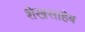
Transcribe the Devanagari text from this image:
शेखसाहेब